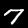
Label: 7